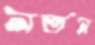
নর্তন